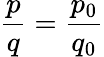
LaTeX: \frac{p}{q}=\frac{p_{0}}{q_{0}}